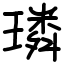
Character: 璘